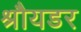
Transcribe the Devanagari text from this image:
श्रौयडर